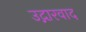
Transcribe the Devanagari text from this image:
उद्गारवाद